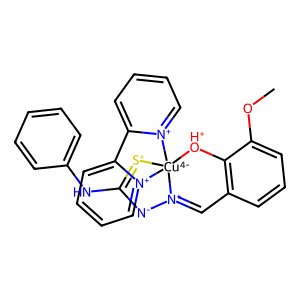
SMILES: COc1cccc2c1[OH+][Cu-4]13([S+]=C(Nc4ccccc4)[N-][N+]1=C2)[n+]1ccccc1-c1cccc[n+]13
Inhibits HIV replication: No